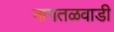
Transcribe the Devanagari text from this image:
नागतळवाडी